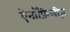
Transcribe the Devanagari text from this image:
ऐनॉफ़िलीज़